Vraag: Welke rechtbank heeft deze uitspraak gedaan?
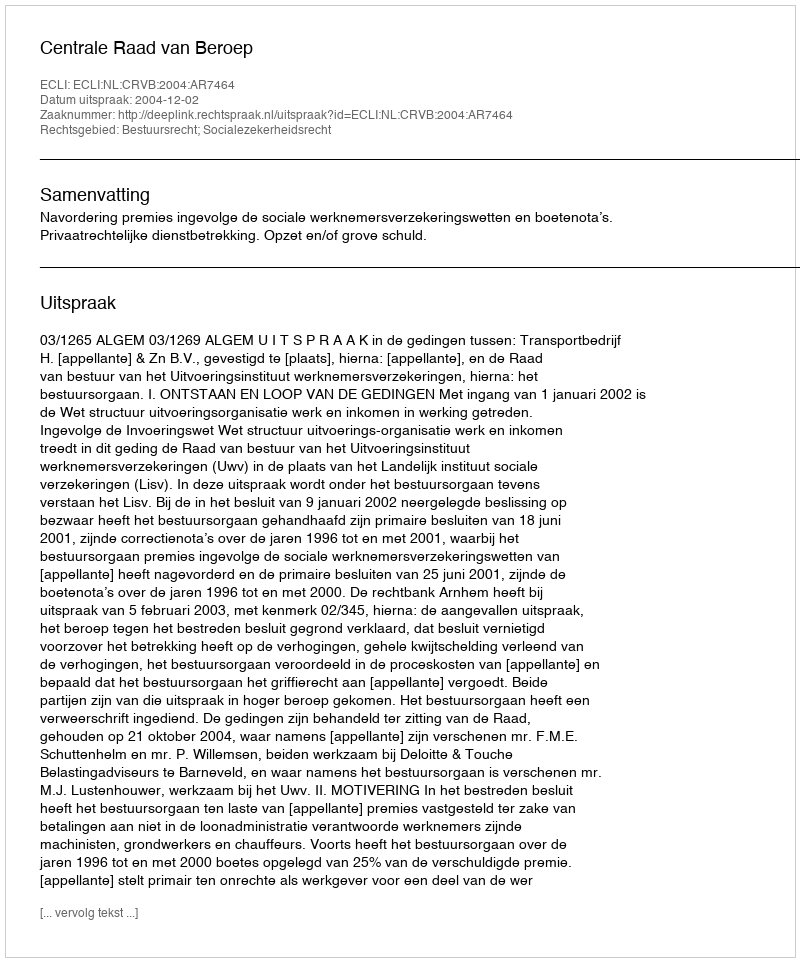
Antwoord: Centrale Raad van Beroep